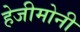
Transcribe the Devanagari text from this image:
हेजीमोनी